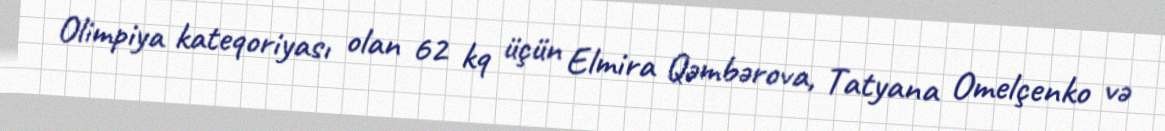
Olimpiya kateqoriyası olan 62 kq üçün Elmira Qəmbərova, Tatyana Omelçenko və